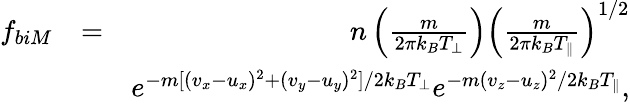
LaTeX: \begin{array}{rlr}{f_{biM}}&{=}&{n\left(\frac{m}{2\pi k_{B}T_{\perp}}\right)\left(\frac{m}{2\pi k_{B}T_{\parallel}}\right)^{1/2}}\\ &{}&{e^{-m[(v_{x}-u_{x})^{2}+(v_{y}-u_{y})^{2}]/2k_{B}T_{\perp}}e^{-m(v_{z}-u_{z})^{2}/2k_{B}T_{\parallel}},}\end{array}